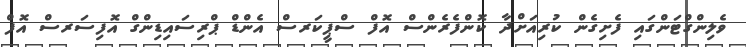
ވެލިންގްޓަންގައި ފެށިގެން ކުރިއަށްދާ ކޮންފެރެންސް އޮފް ސްޕީކަރސް އެންޑް ޕްރިސައިޑިންގް އޮފިސަރސް އޮފް